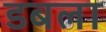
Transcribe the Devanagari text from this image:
डबला